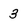
Character: 3